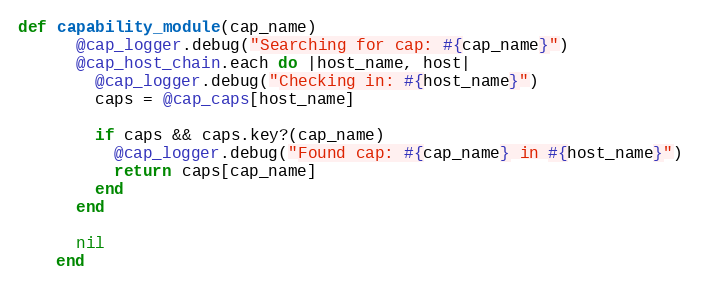
Language: Ruby
def capability_module(cap_name)
      @cap_logger.debug("Searching for cap: #{cap_name}")
      @cap_host_chain.each do |host_name, host|
        @cap_logger.debug("Checking in: #{host_name}")
        caps = @cap_caps[host_name]

        if caps && caps.key?(cap_name)
          @cap_logger.debug("Found cap: #{cap_name} in #{host_name}")
          return caps[cap_name]
        end
      end

      nil
    end